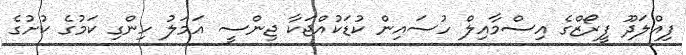
ފިއްލަދޫ ފީރޯޒްގެ އިސްމާއިލް ހުސައިން ކުޑަކުއްޖަކާ ޖިންސީ އަމަލު ހިންގި ކަމުގެ ކުށުގެ